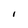
Character: I